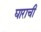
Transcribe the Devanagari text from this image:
घाराची